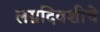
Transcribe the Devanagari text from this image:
लग्नदिवशीचे